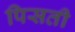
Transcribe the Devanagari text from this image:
पिसती